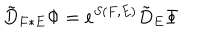
\tilde { D } _ { F \ast E } \Phi = e ^ { S ( F , E ) } \tilde { D } _ { E } \Phi